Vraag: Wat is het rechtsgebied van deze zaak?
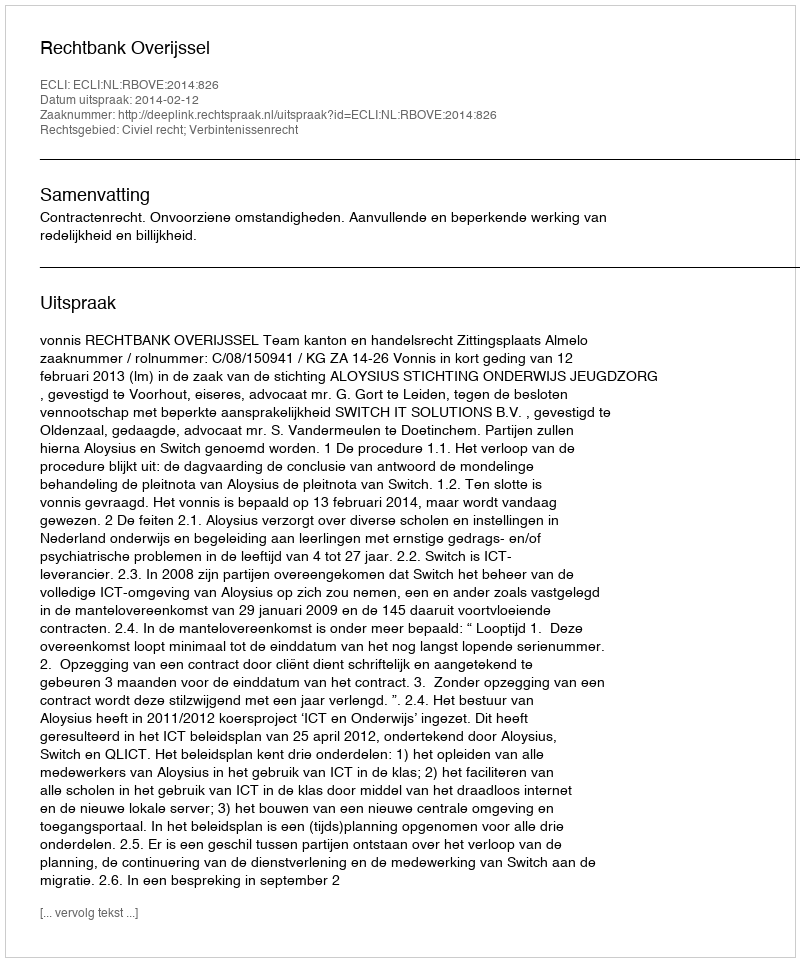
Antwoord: Civiel recht; Verbintenissenrecht